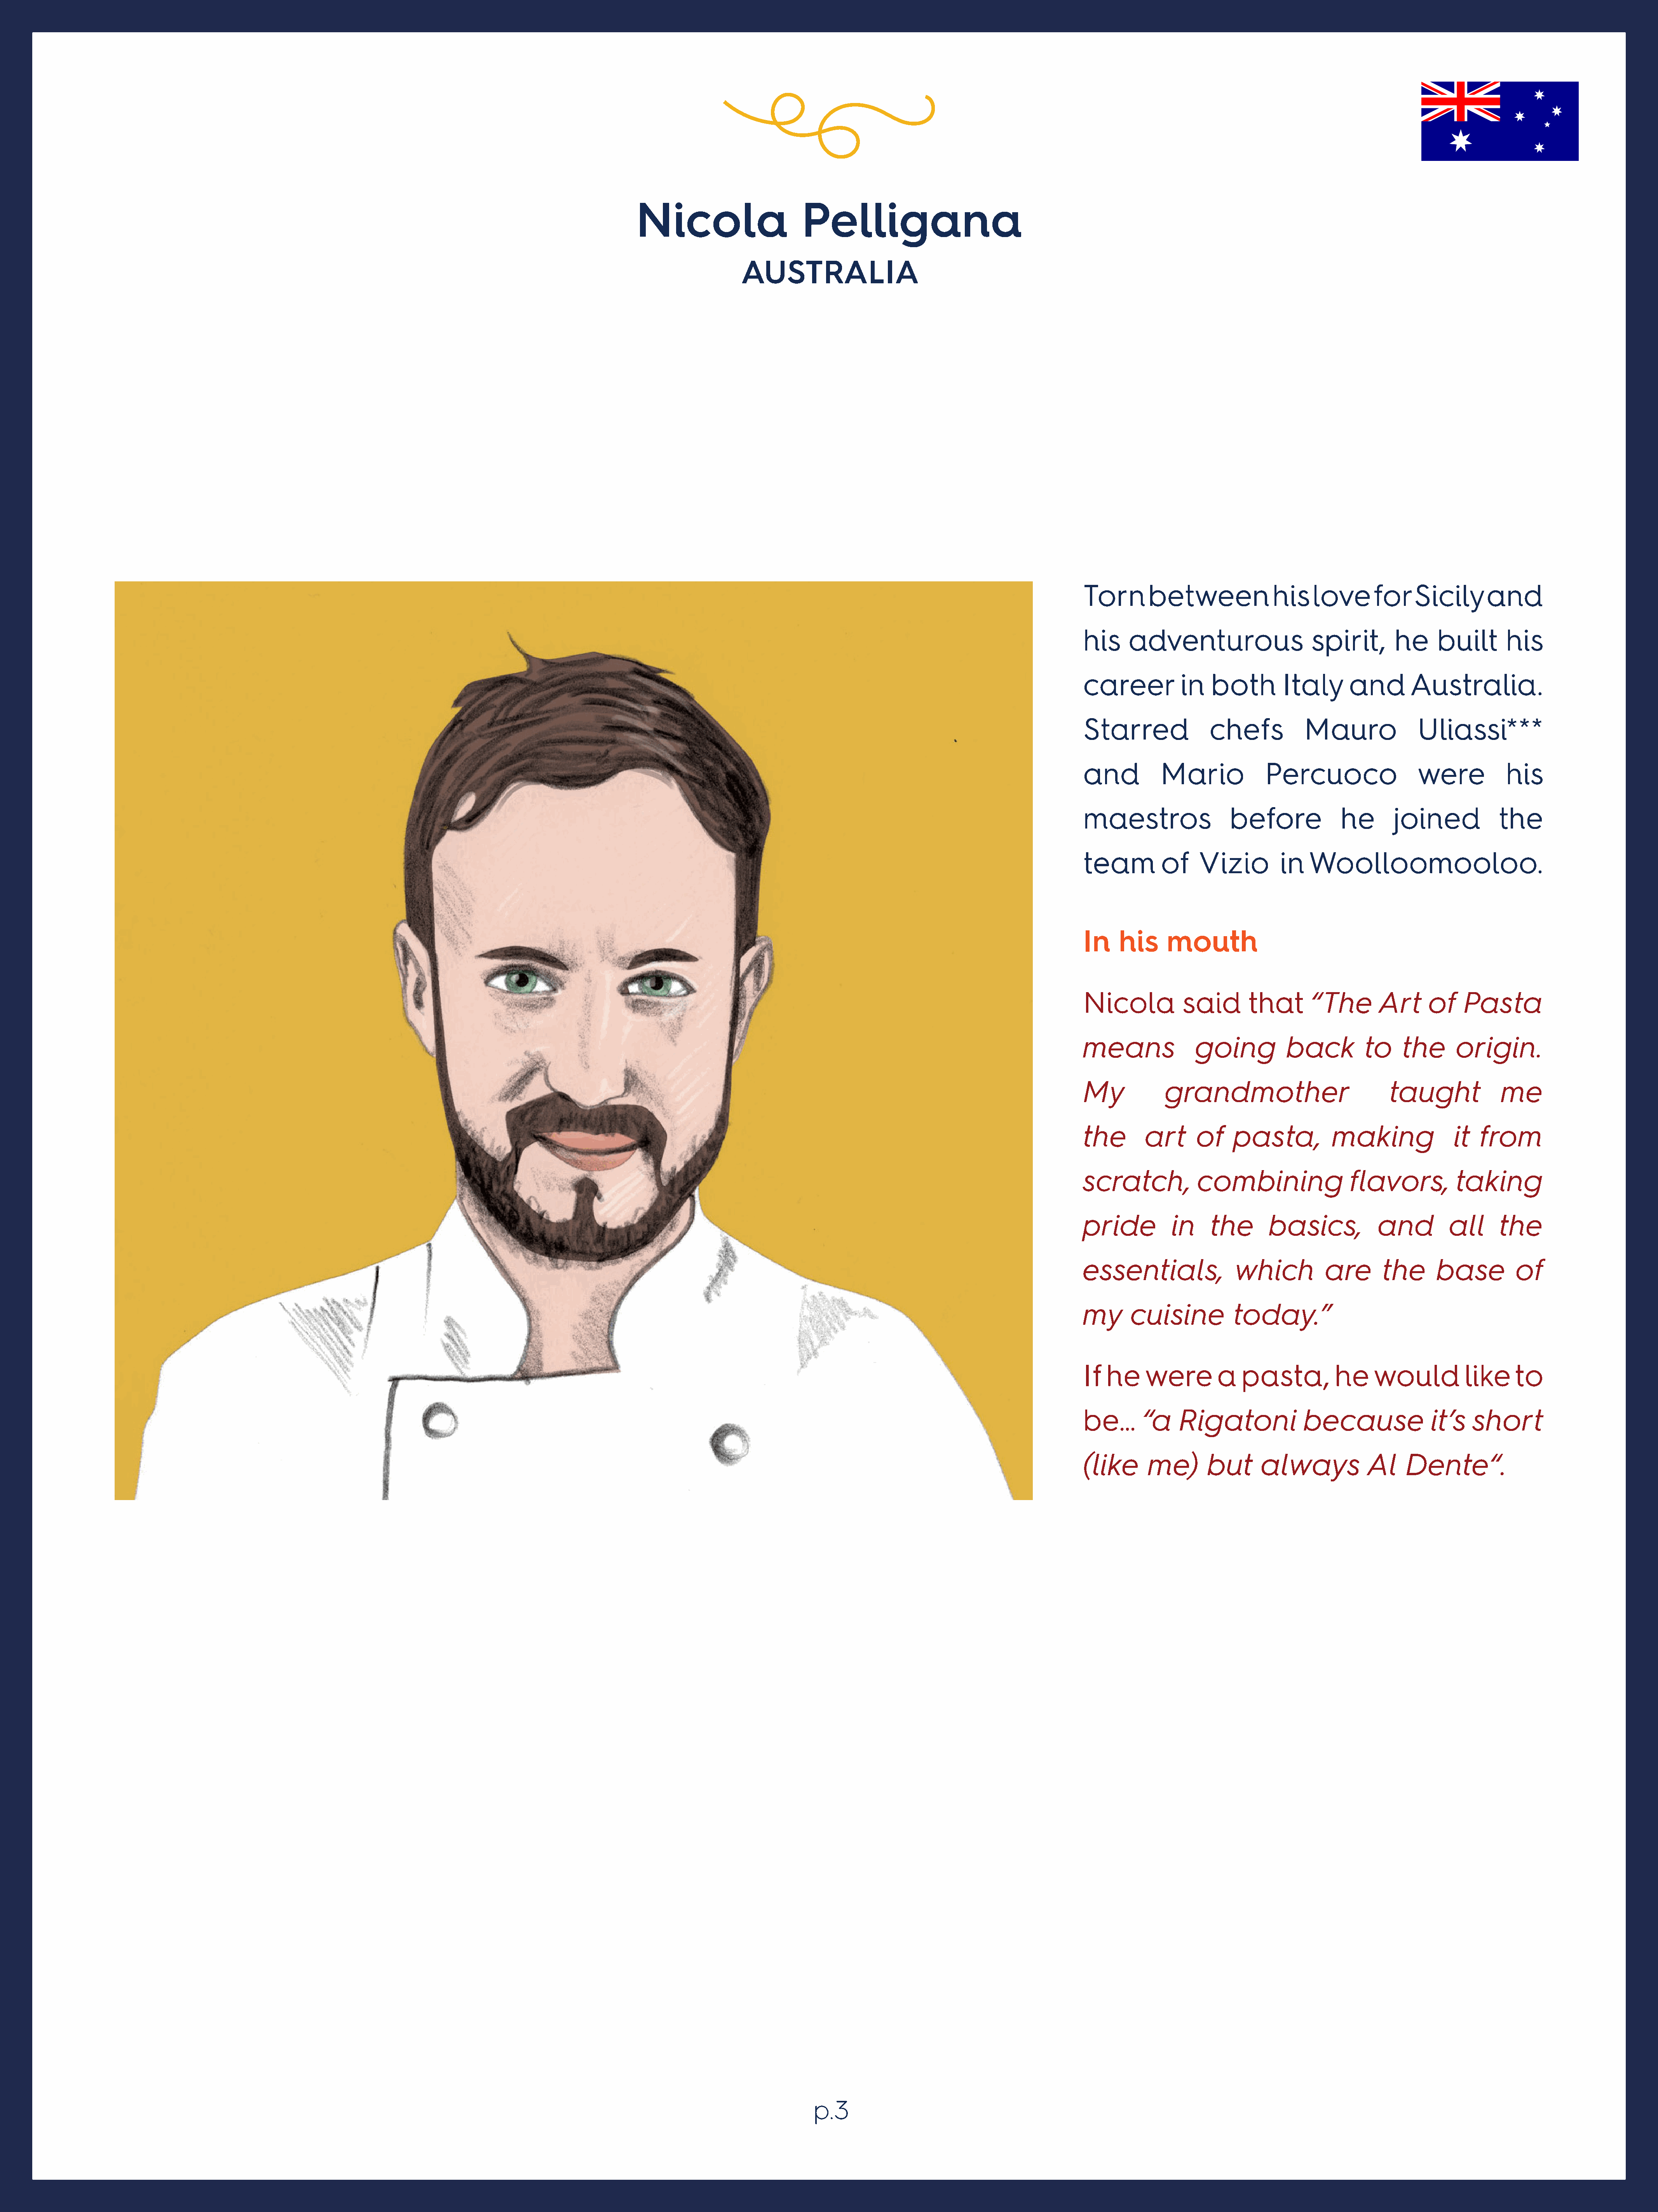
Nicola                       Pelligana
 AUSTRALIA
 Torn       between              his    love      for    Sicily      and
 his    adventurous                    spirit,        he     built       his
 career          in   both        Italy       and       Australia.
 Starred              chefs           Mauro              Uliassi***
 and          Mario            Percuoco                   were           his
 maestros                before             he       joined            the
 team         of    Vizio         in   Woolloomooloo.
 In    his     mouth
 Nicola          said        that      “The        Art     of    Pasta
 means              going          back         to     the      origin.
 My           grandmother                            taught             me
 the       art      of    pasta,           making               it  from
 scratch,           combining                 flavors,          taking
 pride          in    the       basics,            and         all     the
 essentials,              which           are       the      base         of
 my      cuisine          today.”
 If he     were        a   pasta,          he     would           like    to
 be…       “a    Rigatoni             because               it’s   short
 (like      me)       but      always            Al    Dente“.
 p.3